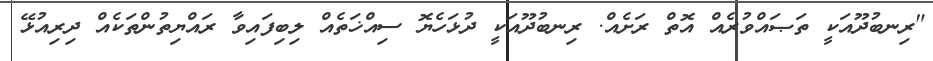
"ރިނބުދޫއަކީ ތަޞައްވުރެއް އޮތް ރަށެއް. ރިނބުދޫއަކީ ދުޅަހެޔޮ ސިއްޚަތެއް ލިބިފައިވާ ރައްޔިތުންތަކެއް ދިރިއުޅޭ